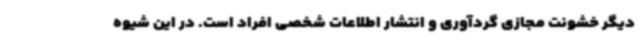
دیگر خشونت مجازی گردآوری و انتشار اطلاعات شخصی افراد است. در این شیوه